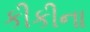
કીકીના